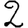
Digit: 2